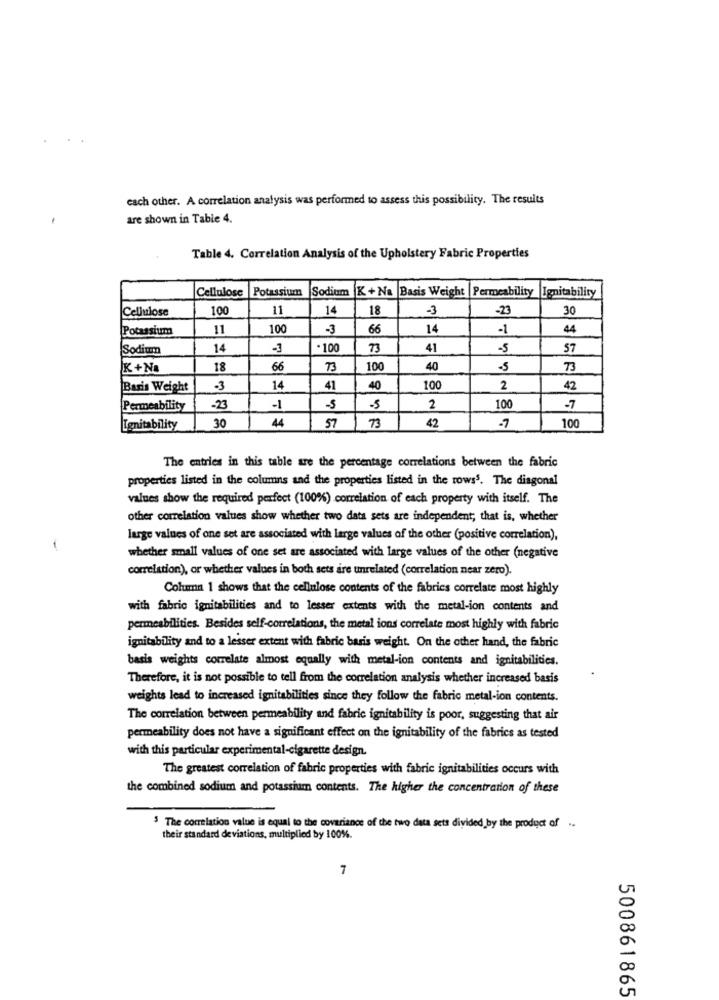
each other. A correlation analysis was performed to assess this possibility. The results
are shown in Table 4.
Table 4. Correlation Analysis of the Upholstery Fabric Properties
Cellulose
Potassium
Sodium K + Na |Basis Weight |Permeability
Ignitability
Cellulose
100
11
14
18
-3
-23
30
Potassium
11
100
-3
66
14
-1
44
Sodium
14
-3
. 100
73
41
-5
57
K +Na
18
66
73
100
40
-5
73
Baris Weight
-3
14
41
40
100
2
42
Permeability
-23
-1
-5
-5
2
100
-7
30
44
100
Ignitability
57
73
42
The entries in this table are the percentage correlations between the fabric
properties listed in the columns and the properties listed in the rows5. The diagonal
values show the required perfect (100%) correlation of each property with itself. The
other correlation values show whether two data sets are independent; that is, whether
large values of one set are associated with large values of the other (positive correlation),
-
whether small values of one set are associated with large values of the other (negative
correlation), or whether values in both sets are unrelated (correlation near zero).
Column 1 shows that the cellulose contents of the fabrics correlate most highly
with fabric ignitabilities and to lesser extents with the metal-ion contents and
permeabilities. Besides self-correlations, the metal ions correlate most highly with fabric
ignitability and to a lesser extent with fabric baris weight. On the other hand, the fabric
basis weights correlate almost equally with metal-ion contents and ignitabilities.
Therefore, it is not possible to tell from the correlation analysis whether increased basis
weights lead to increased ignitabilities since they follow the fabric metal-ion contents.
The correlation between permeability and fabric ignitability is poor, suggesting that air
permeability does not have a significant effect on the ignitability of the fabrics as tested
with this particular experimental-cigarette design.
The greatest correlation of fabric properties with fabric ignitabilities occurs with
the combined sodium and potassium contents. The higher the concentration of these
3 The correlation value is equal to the covariance of the two data sets divided by the product of ..
their standard deviations, multiplied by 100%.
7
500861865